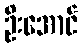
ဦးအောင်